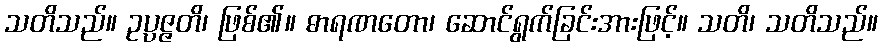
သတိသည်။ ဥပ္ပဇ္ဇတိ၊ ဖြစ်၏။ ဓာရဏတော၊ ဆောင်ရွက်ခြင်းအားဖြင့်။ သတိ၊ သတိသည်။